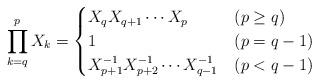
LaTeX: \begin{align*}\prod_{k=q}^pX_k=\begin{cases}X_qX_{q+1}\cdots X_p & (p\geq q)\\1 & (p=q-1)\\X^{-1}_{p+1}X^{-1}_{p+2}\cdots X^{-1}_{q-1} & (p<q-1)\end{cases}\end{align*}